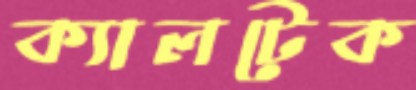
ক্যালটেক